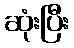
ဆုံးပြီး